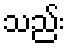
သည်း